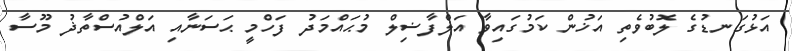
އަޅުގަނޑުގެ ލޮބުވެތި އަޚުން ކަމުގައިވާ އަލްފާޟިލް މުޙައްމަދު ފަހްމީ ޙަސަނާއި އަލްއުސްތާޛު މޫސާ